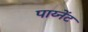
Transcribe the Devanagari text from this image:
पाय्नेंट